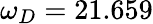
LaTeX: \omega_{D}=21.659